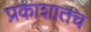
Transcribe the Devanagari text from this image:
प्रकाशातच